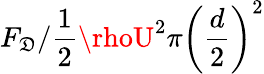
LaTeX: F_{\mathfrak{D}}/{\frac{{1}}{{2}}\rhoU^{2}\pi\left(\frac{{d}}{{2}}\right)^{2}}